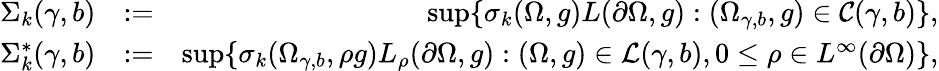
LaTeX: \begin{array}{rlr}{\Sigma_{k}(\gamma,b)}&{:=}&{\operatorname*{sup}\{ \sigma_{k}(\Omega,g)L(\partial\Omega,g):(\Omega_{\gamma,b},g)\in\mathcal{C}(\gamma,b)\} ,}\\ {\Sigma_{k}^{*}(\gamma,b)}&{:=}&{\operatorname*{sup}\{ \sigma_{k}(\Omega_{\gamma,b},{\rho}g)L_{\rho}(\partial\Omega,g):(\Omega,g)\in\mathcal{L}(\gamma,b),0\le\rho\in L^{\infty}(\partial\Omega)\} ,}\end{array}